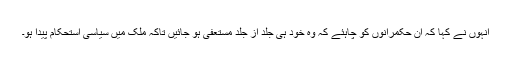
انہوں نے کہا کہ ان حکمرانوں کو چاہئے کہ وہ خود ہی جلد از جلد مستعفی ہو جائیں تاکہ ملک میں سیاسی استحکام پیدا ہو۔